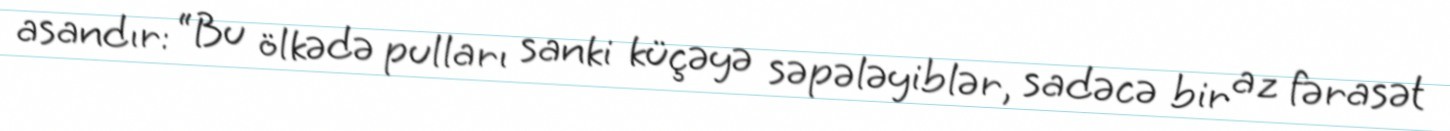
asandır: “Bu ölkədə pulları sanki küçəyə səpələyiblər, sadəcə bir az fərasət